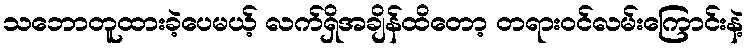
သဘောတူထားခဲ့ပေမယ့် လက်ရှိအချိန်ထိတော့ တရားဝင်လမ်းကြောင်းနဲ့